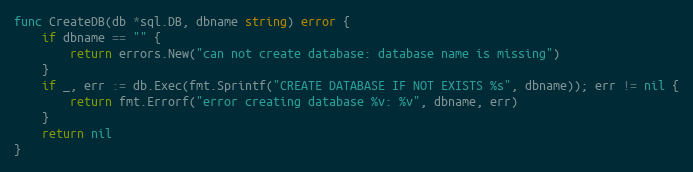
Language: Go
func CreateDB(db *sql.DB, dbname string) error {
	if dbname == "" {
		return errors.New("can not create database: database name is missing")
	}
	if _, err := db.Exec(fmt.Sprintf("CREATE DATABASE IF NOT EXISTS %s", dbname)); err != nil {
		return fmt.Errorf("error creating database %v: %v", dbname, err)
	}
	return nil
}